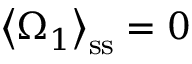
\left\langle \Omega _ { 1 } \right\rangle _ { \mathrm { s s } } = 0